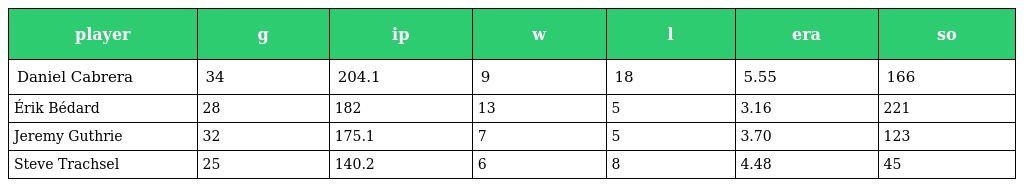
| player | g | ip | w | l | era | so |
 | --- | --- | --- | --- | --- | --- | --- |
 | Daniel Cabrera | 34 | 204.1 | 9 | 18 | 5.55 | 166 |
 | Érik Bédard | 28 | 182 | 13 | 5 | 3.16 | 221 |
 | Jeremy Guthrie | 32 | 175.1 | 7 | 5 | 3.70 | 123 |
 | Steve Trachsel | 25 | 140.2 | 6 | 8 | 4.48 | 45 |